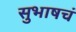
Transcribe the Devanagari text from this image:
सुभाषचं